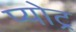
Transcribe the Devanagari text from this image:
प्योट्र